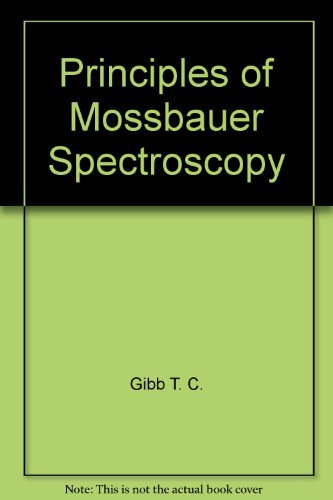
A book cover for Principles of Mossbauer Spectroscopy; T. C. Gibb; Science & Math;